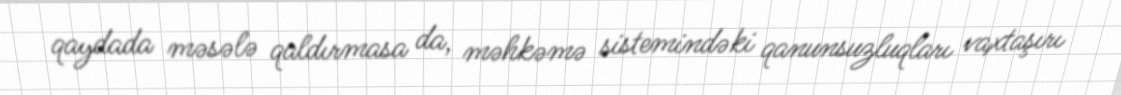
qaydada məsələ qaldırmasa da, məhkəmə sistemindəki qanunsuzluqları vaxtaşırı